Scottish Leaving Certificate Examination, 1959
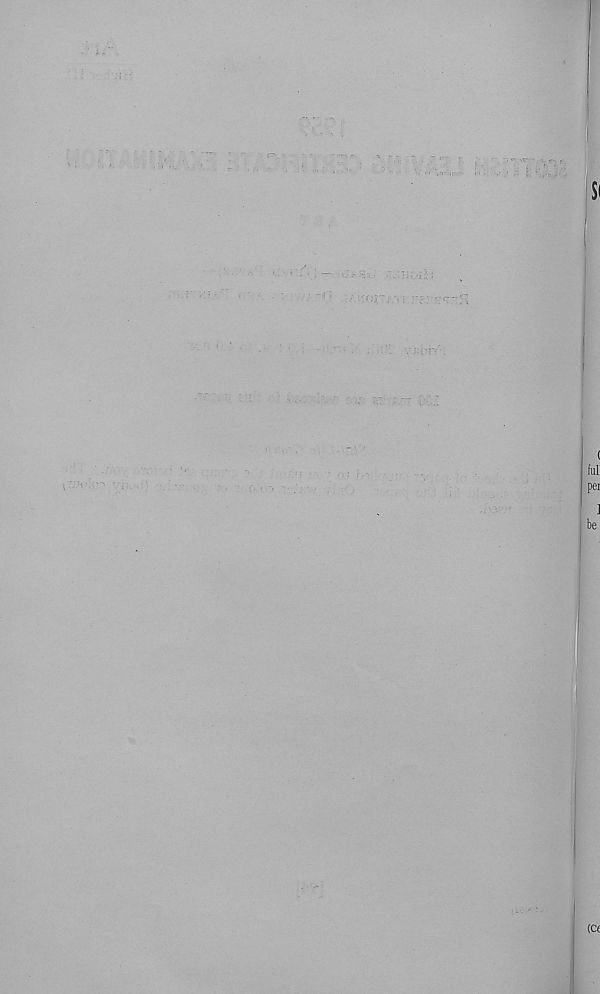
«i y'crvr:
■
Si
<
fui
pci
]
be
(Ce